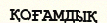
ҚОҒАМДЫҚ